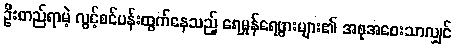
ဦးတည်ရာမဲ့ လွင့်စင်ပန်းထွက်နေသည့် ရေမှုန်ရေဖွားများ၏ အစုအဝေးသာလျှင်